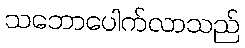
သဘောပေါက်လာသည်